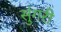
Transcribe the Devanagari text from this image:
सुंगरी